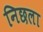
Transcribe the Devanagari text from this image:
निछला